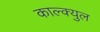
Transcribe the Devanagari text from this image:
काल्क्युल